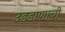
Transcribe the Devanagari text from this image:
उडडाणाची